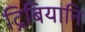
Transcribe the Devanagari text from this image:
ट्रिबियानि